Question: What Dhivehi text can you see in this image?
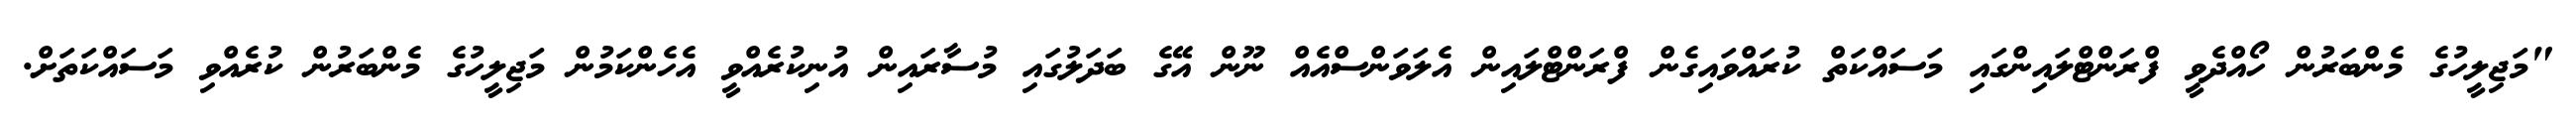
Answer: "މަޖިލީހުގެ މެންބަރުން ހޯއްދެވީ ފްރަންޓްލައިންގައި މަސައްކަތް ކުރައްވައިގެން ފްރަންޓްލައިން އެލަވަންސްއެއް ނޫން އޭގެ ބަދަލުގައި މުސާރައިން އުނިކުރެއްވީ އެހެންކަމުން މަޖިލީހުގެ މެންބަރުން ކުރެއްވި މަސައްކަތަށް.